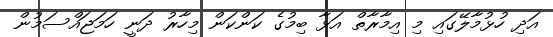
އަދި ހުޅުމާލޭގައި މި އިމާރާތް އަޅާ ބިމުގެ ކަންކަން މިހާރު ދަނީ ހަމަޖައްސަމުން